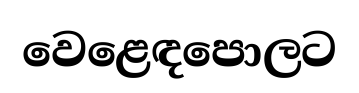
වෙළෙඳපොලට